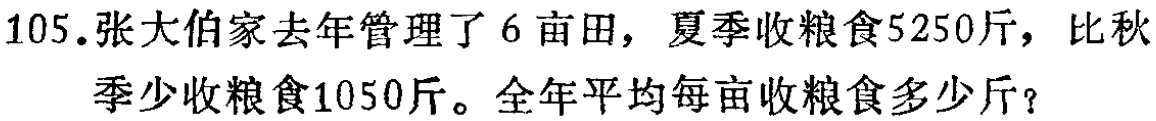
105.张大伯家去年管理了6亩田，夏季收粮食5250斤，比秋季少收粮食1050斤。全年平均每亩收粮食多少斤？